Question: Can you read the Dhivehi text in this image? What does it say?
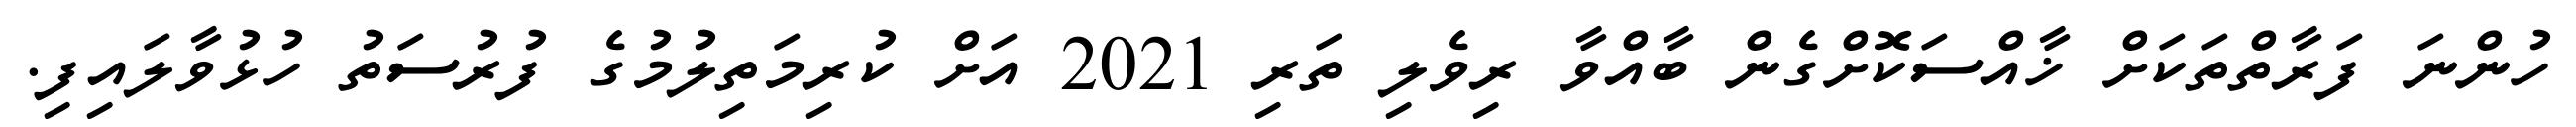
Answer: ހުންނަ ފަރާތްތަކަށް ޚާއްސަކޮށްގެން ބާއްވާ ރިވެލި ތަރި 2021 އަށް ކުރިމަތިލުމުގެ ފުރުސަތު ހުޅުވާލައިފި.